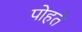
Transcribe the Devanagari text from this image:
पोहते